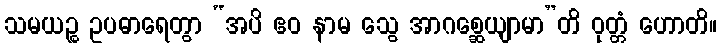
သမယဉ္စ ဥပဓာရေတွာ “အပိ ဧဝ နာမ သွေ အာဂစ္ဆေယျာမာ”တိ ဝုတ္တံ ဟောတိ။